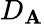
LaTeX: D_{\mathbf{A}}